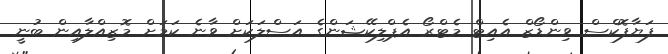
ފަޔާފޮކްސް ވިންޑޯޒް އެއިޓް މެޓްރޯ އެޕްލިކޭޝަންގެ އަސްލަކަށް ވާނެ ކަމަށް މޮޒިއްލާއިން ބުނީ